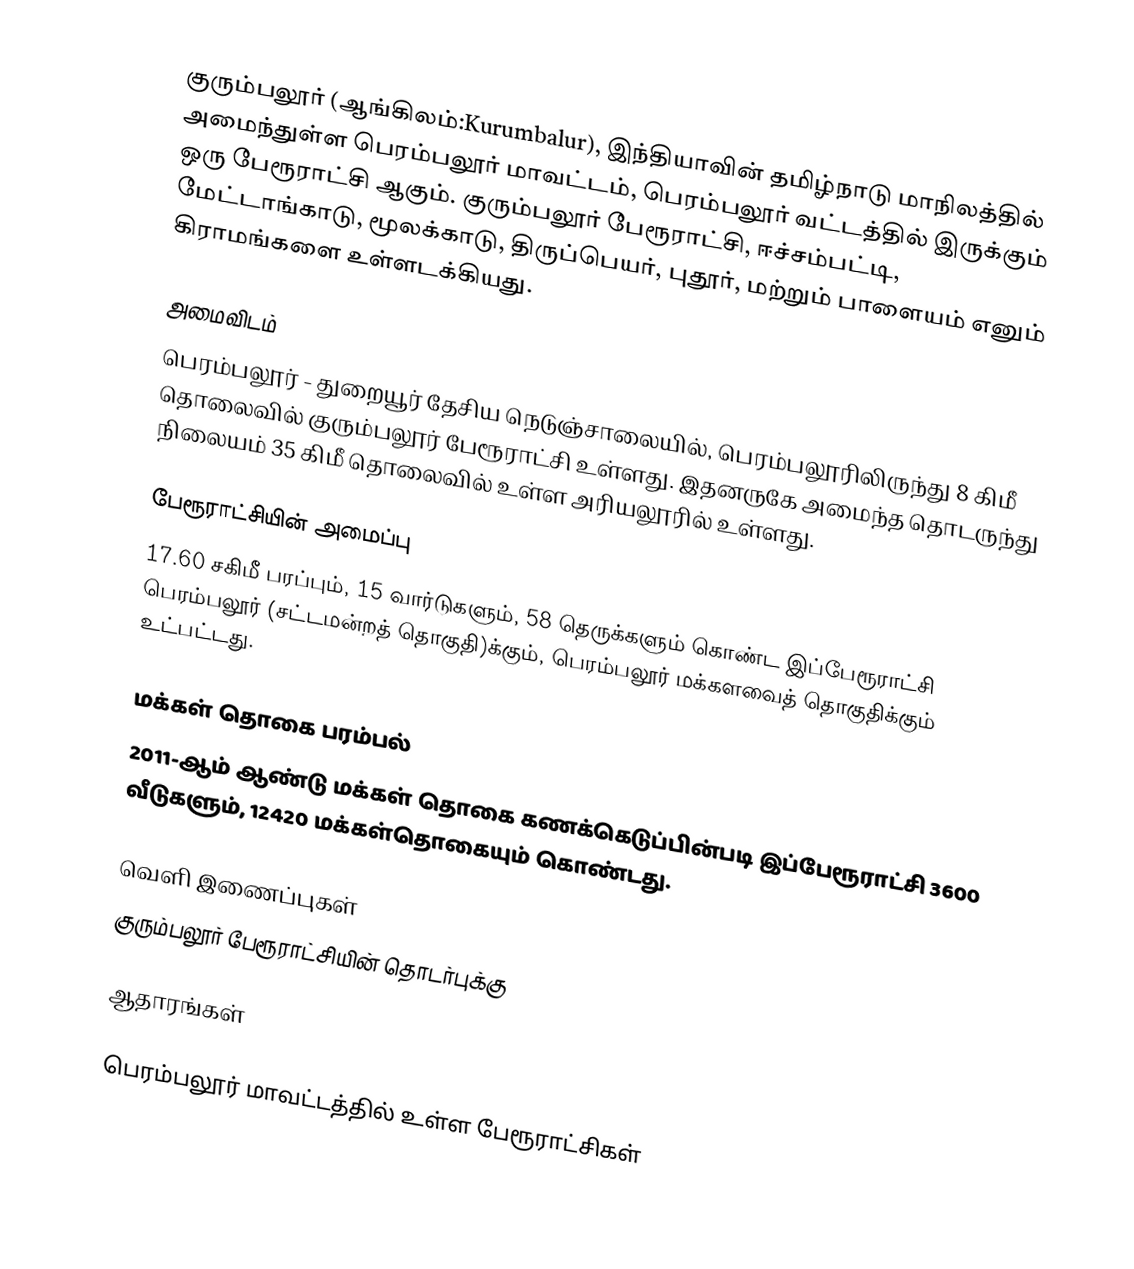
குரும்பலூர்  (ஆங்கிலம்:Kurumbalur), இந்தியாவின் தமிழ்நாடு மாநிலத்தில் அமைந்துள்ள பெரம்பலூர் மாவட்டம்,  பெரம்பலூர் வட்டத்தில் இருக்கும் ஒரு பேரூராட்சி ஆகும். குரும்பலூர் பேரூராட்சி, ஈச்சம்பட்டி, மேட்டாங்காடு, மூலக்காடு, திருப்பெயர், புதூர், மற்றும் பாளையம் எனும் கிராமங்களை உள்ளடக்கியது.

அமைவிடம்
பெரம்பலூர் - துறையூர்  தேசிய நெடுஞ்சாலையில், பெரம்பலூரிலிருந்து 8  கிமீ தொலைவில் குரும்பலூர் பேரூராட்சி உள்ளது. இதனருகே அமைந்த தொடருந்து நிலையம் 35 கிமீ தொலைவில் உள்ள அரியலூரில் உள்ளது.

பேரூராட்சியின் அமைப்பு
17.60 சகிமீ பரப்பும், 15 வார்டுகளும்,  58 தெருக்களும்  கொண்ட இப்பேரூராட்சி  பெரம்பலூர் (சட்டமன்றத் தொகுதி)க்கும், பெரம்பலூர் மக்களவைத் தொகுதிக்கும் உட்பட்டது.

மக்கள் தொகை பரம்பல்
2011-ஆம் ஆண்டு மக்கள் தொகை கணக்கெடுப்பின்படி  இப்பேரூராட்சி 3600 வீடுகளும்,    12420  மக்கள்தொகையும் கொண்டது.

வெளி இணைப்புகள்
 குரும்பலூர் பேரூராட்சியின் தொடர்புக்கு

ஆதாரங்கள்

பெரம்பலூர் மாவட்டத்தில் உள்ள பேரூராட்சிகள்